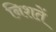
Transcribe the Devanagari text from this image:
निशतें